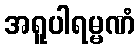
အရူပါရမ္မဏံ